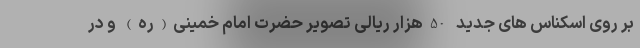
بر روی اسکناس های جدید 50هزار ریالی تصویر حضرت امام خمینی(ره) و در